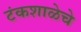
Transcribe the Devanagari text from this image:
टंकशाळेचे